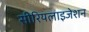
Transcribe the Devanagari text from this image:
सीरियलाइजेशन